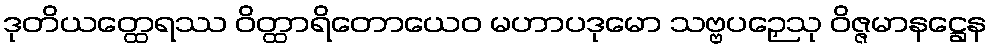
ဒုတိယတ္ထေရဿ ဝိတ္ထာရိတောယေဝ မဟာပဒုမော သဗ္ဗပဉှေသု ဝိဇ္ဇမာနဋ္ဌေန